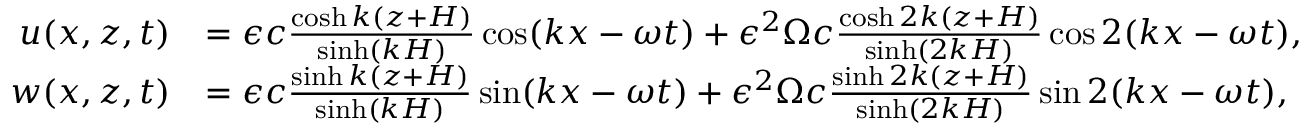
\begin{array} { r l } { u ( x , z , t ) } & { = \epsilon c \frac { \cosh k ( z + H ) } { \sinh ( k H ) } \cos ( k x - \omega t ) + \epsilon ^ { 2 } \Omega c \frac { \cosh 2 k ( z + H ) } { \sinh ( 2 k H ) } \cos 2 ( k x - \omega t ) , } \\ { w ( x , z , t ) } & { = \epsilon c \frac { \sinh k ( z + H ) } { \sinh ( k H ) } \sin ( k x - \omega t ) + \epsilon ^ { 2 } \Omega c \frac { \sinh 2 k ( z + H ) } { \sinh ( 2 k H ) } \sin 2 ( k x - \omega t ) , } \end{array}